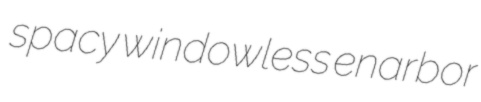
spacy windowless enarbor